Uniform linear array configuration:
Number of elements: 8
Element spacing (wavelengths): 0.75
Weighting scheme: hann
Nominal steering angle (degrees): -30
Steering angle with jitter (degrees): -31.147
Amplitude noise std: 0.05
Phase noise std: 0.05

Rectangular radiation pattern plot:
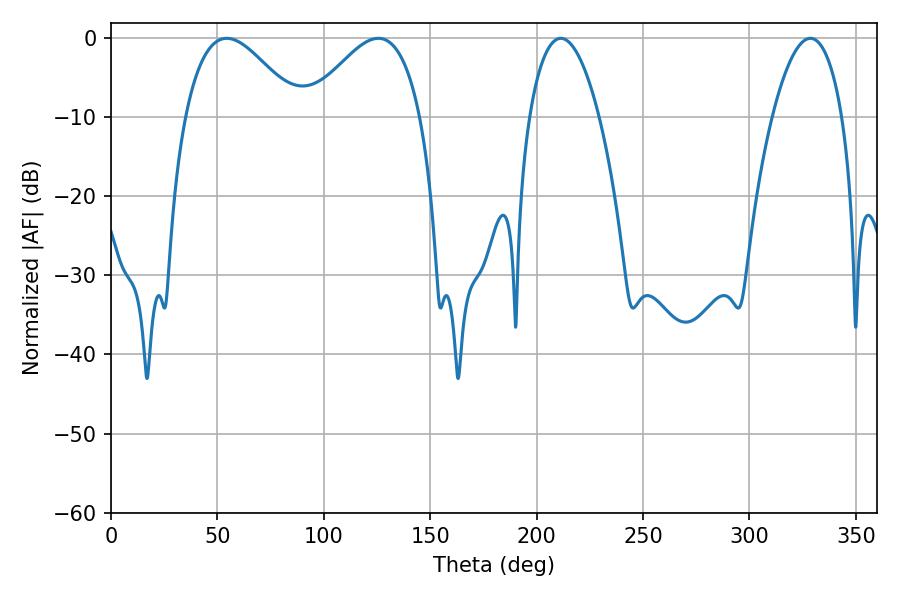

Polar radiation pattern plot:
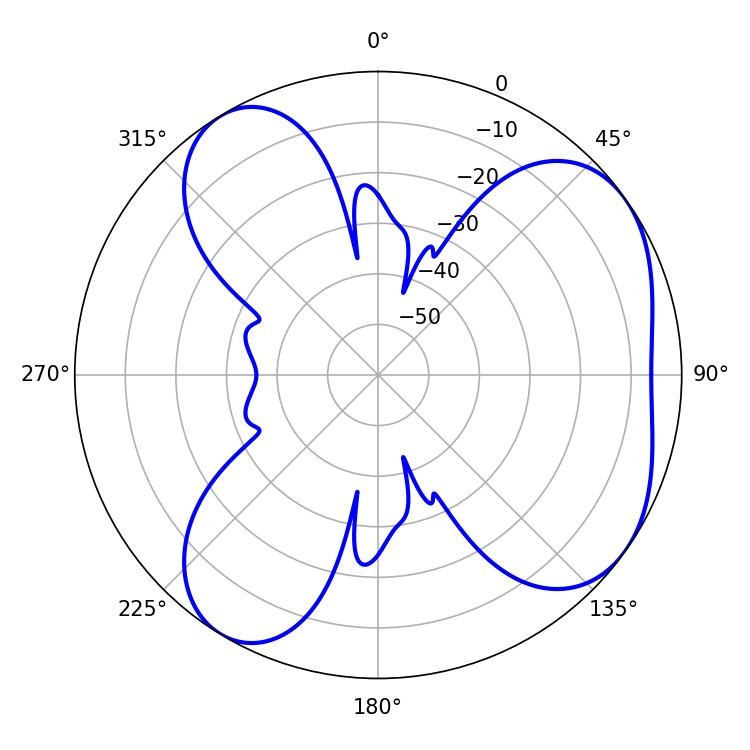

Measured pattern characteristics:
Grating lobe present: TRUE
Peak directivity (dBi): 5.457
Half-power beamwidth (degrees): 28.8
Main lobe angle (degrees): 54.36